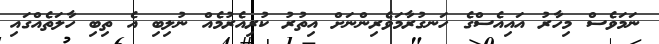
ނަމަވެސް މިހާރު އައިއެސްގެ ހަނގުރާމަވެރިންނަށް އިތުރު ކުރިއެރުމެއް ނުލިބި އެ ތިބި ހާލަތެއްގައި